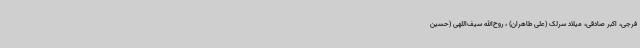
فرجی، اکبر صادقی، میلاد سرلک (علی طاهران) ، روح‌الله سیف‌اللهی (حسین